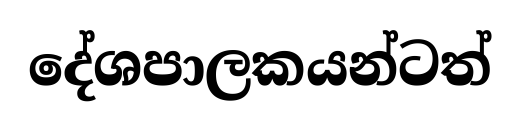
දේශපාලකයන්ටත්